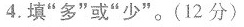
4.填”多”或”少”。(12分)